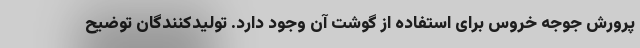
پرورش جوجه خروس برای استفاده از گوشت آن وجود دارد. تولیدکنندگان توضیح